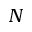
\boldsymbol { N }